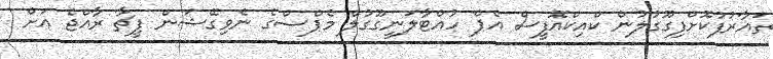
ތައާރުފުކޮށްފިގޫގުލުން ކްއިކްއޮފީސް އެޕް ހުއްޓާލަނީގޫގުލް މެޕްސްގެ ނެވިގޭޝަން ފީޗާ ރާއްޖެ އަށް